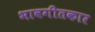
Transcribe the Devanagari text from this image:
भावगीतकार